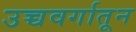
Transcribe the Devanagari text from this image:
उच्चवर्गातून